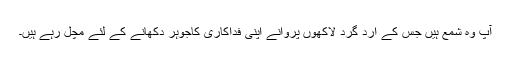
آپ وہ شمع ہیں جس کے ارد گرد لاکھوں پروانے اپنی فداکاری کاجوہر دکھانے کے لئے مچل رہے ہیں۔